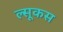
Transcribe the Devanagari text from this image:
ल्सूकस